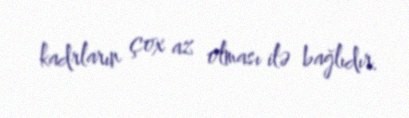
kadrların çox az olması ilə bağlıdır.